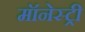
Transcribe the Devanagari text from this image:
मॉनेस्‍ट्री